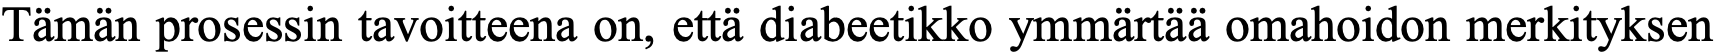
Tämän prosessin tavoitteena on, että diabeetikko ymmärtää omahoidon merkityksen